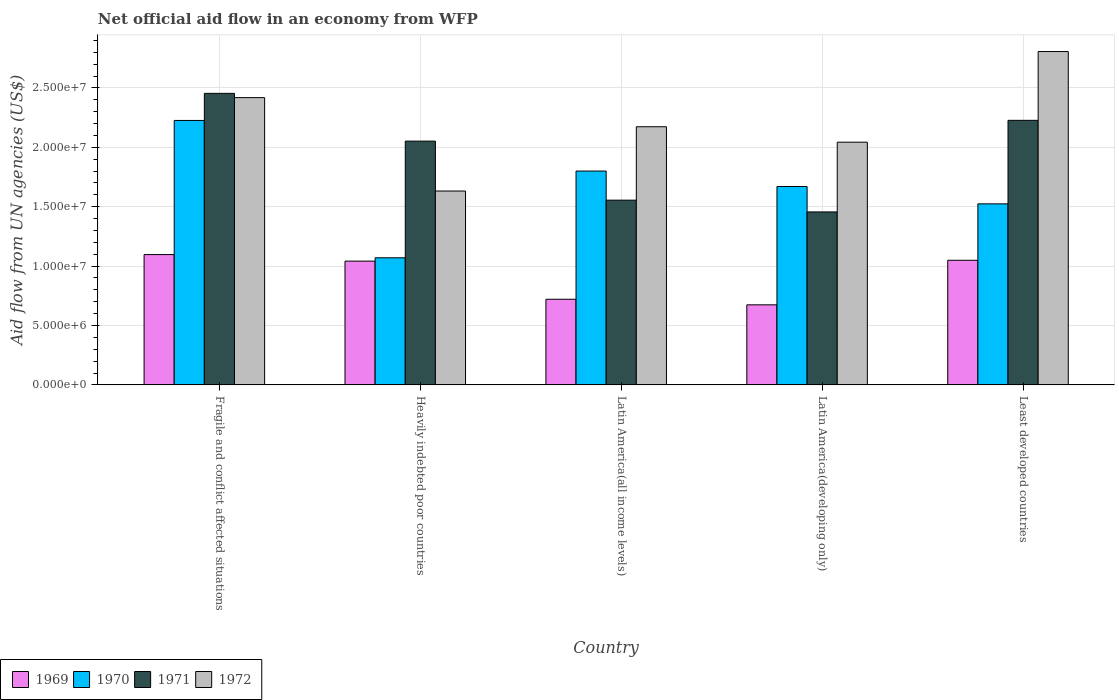
| Country | 1969 | 1970 | 1971 | 1972 |
 | --- | --- | --- | --- | --- |
 | Fragile and conflict affected situations | 1.1e+07 | 2.23e+07 | 2.45e+07 | 2.42e+07 |
 | Heavily indebted poor countries | 1.04e+07 | 1.07e+07 | 2.05e+07 | 1.63e+07 |
 | Latin America(all income levels) | 7.21e+06 | 1.8e+07 | 1.56e+07 | 2.17e+07 |
 | Latin America(developing only) | 6.74e+06 | 1.67e+07 | 1.46e+07 | 2.04e+07 |
 | Least developed countries | 1.05e+07 | 1.52e+07 | 2.23e+07 | 2.81e+07 |